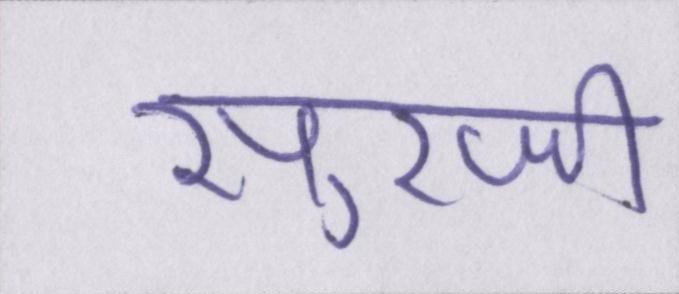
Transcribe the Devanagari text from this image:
सुरजी